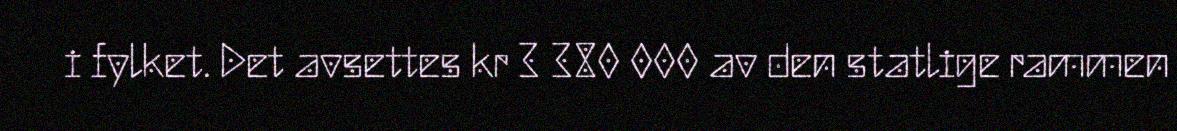
i fylket. Det avsettes kr 3 380 000 av den statlige rammen